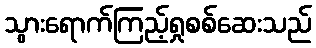
သွားရောက်ကြည့်ရှုစစ်ဆေးသည်